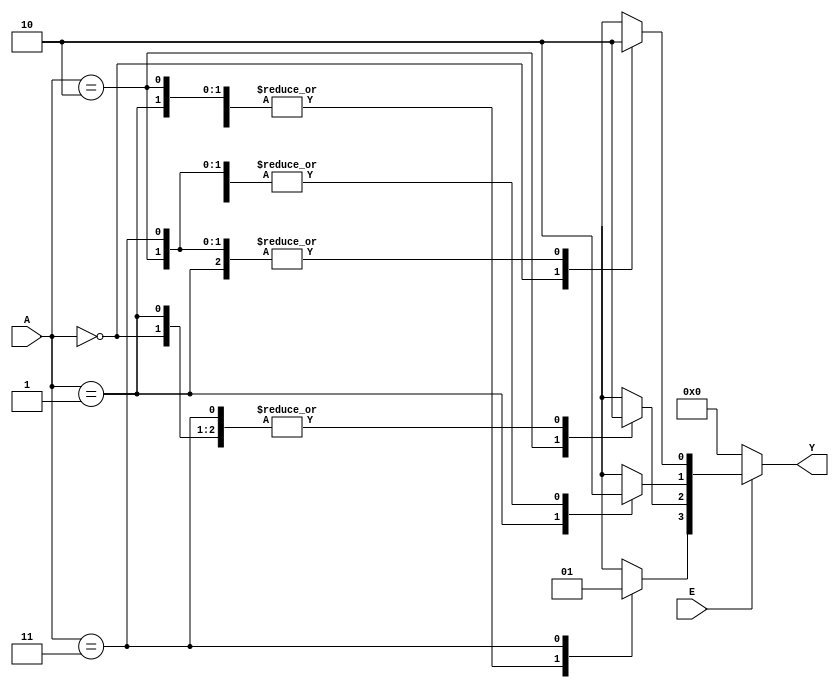
module decoder24(Y,A,E);
input [1:0]A;
input E;
output reg [3:0]Y;

always @(*)
if(!E)
Y=4'b0000;
else
begin
case(A)
2'b00:begin Y[3]=1'b0; Y[2]= 1'b0; Y[1]=1'b0; Y[0]= 1'b1;end
2'b01:begin Y[3]=1'b0; Y[2]= 1'b0; Y[1]=1'b1; Y[0]= 1'b0;end
2'b10:begin Y[3]=1'b0; Y[2]= 1'b1; Y[1]=1'b0; Y[0]= 1'b0;end
2'b11:begin Y[3]=1'b1; Y[2]= 1'b0; Y[1]=1'b0; Y[0]= 1'b0;end
default : Y = 4'b0000;
endcase
end
endmodule